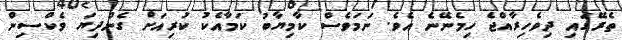
ތެރޭގަައި ދިވެހިރާއްޖެ ހިމެނޭނެ އެވެ. ނަމަވެސް ކާމިޔާބު ކަމާއެކު ކުރިއަށް ގެންދިޔަ ވެކްސިން